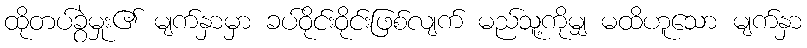
ထိုတပ်ခွဲမှုး၏ မျက်နှာမှာ ခပ်ဝိုင်းဝိုင်းဖြစ်လျက် မည်သူ့ကိုမျှ မထိဟူသော မျက်နှာ